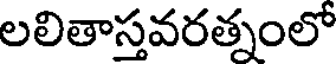
లలితాస్తవరత్నంలో